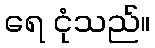
ရေ ငုံသည်။